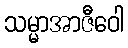
သမ္မာအာဇီဝေါ